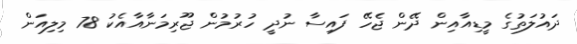
ދައުލަތުގެ މީޑިއާއިން ދޭން ޖެހޭ ފައިސާ ނުދީ ހުރުމުން ޖޫރިމަނާއާއެކު 78 މިލިއަން